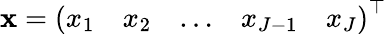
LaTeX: \mathbf{x}=\left(\begin{array}{lllll}{x_{1}}&{x_{2}}&{\dots}&{x_{J-1}}&{x_{J}}\end{array}\right)^{\top}